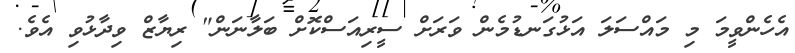
އެހެންވީމަ މި މައްސަލަ އަޅުގަނޑުމެން ވަރަށް ސީރިއަސްކޮށް ބަލާނަން" ރިޔާޒް ވިދާޅުވި އެވެ.